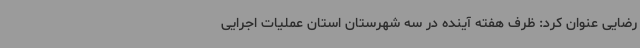
رضایی عنوان کرد: ظرف هفته آینده در سه شهرستان استان عملیات اجرایی